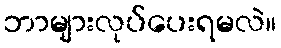
ဘာများလုပ်ပေးရမလဲ။